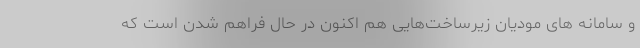
و سامانه های مودیان زیرساخت‌هایی هم اکنون در حال فراهم شدن است که